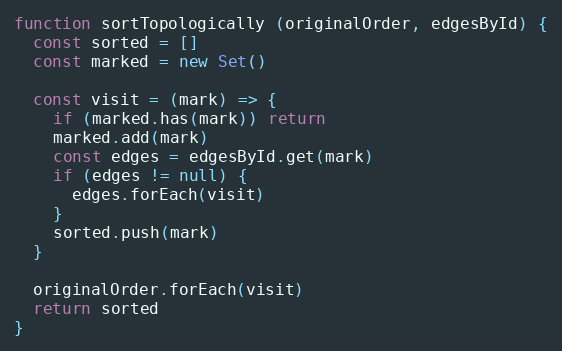
Language: JavaScript
function sortTopologically (originalOrder, edgesById) {
  const sorted = []
  const marked = new Set()

  const visit = (mark) => {
    if (marked.has(mark)) return
    marked.add(mark)
    const edges = edgesById.get(mark)
    if (edges != null) {
      edges.forEach(visit)
    }
    sorted.push(mark)
  }

  originalOrder.forEach(visit)
  return sorted
}